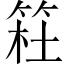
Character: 𥮊